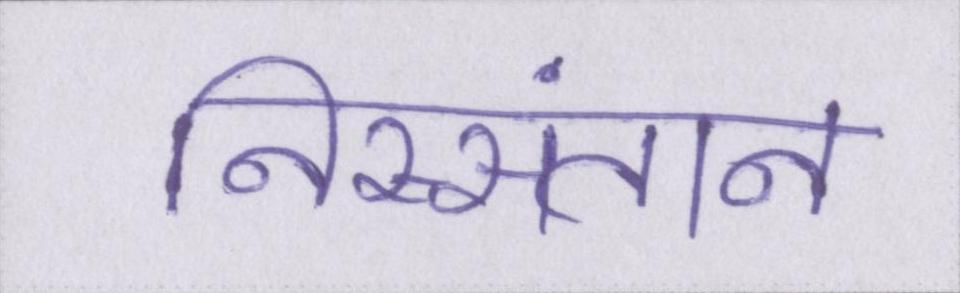
निस्संतान